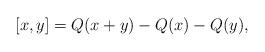
LaTeX: \begin{align*}[x,y] = Q(x+y) - Q(x) -Q(y),\end{align*}